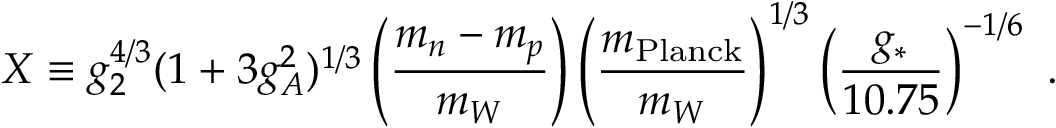
X \equiv g _ { 2 } ^ { 4 / 3 } ( 1 + 3 g _ { A } ^ { 2 } ) ^ { 1 / 3 } \left( { \frac { m _ { n } - m _ { p } } { m _ { W } } } \right) \left( { \frac { m _ { \mathrm { P l a n c k } } } { m _ { W } } } \right) ^ { 1 / 3 } \left( { \frac { g _ { * } } { 1 0 . 7 5 } } \right) ^ { - 1 / 6 } \ .